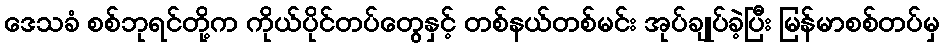
ဒေသခံ စစ်ဘုရင်တို့က ကိုယ်ပိုင်တပ်တွေနှင့် တစ်နယ်တစ်မင်း အုပ်ချုပ်ခဲ့ပြီး မြန်မာစစ်တပ်မှ